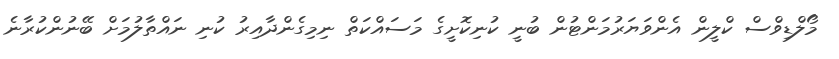
މޯލްޑިވްސް ކްލީން އެންވަޔަރުމަންޓުން ބުނީ ކުނިކޮށީގެ މަސައްކަތް ނިމިގެންދާއިރު ކުނި ނައްތާލުމަށް ބޭނުންކުރާނެ